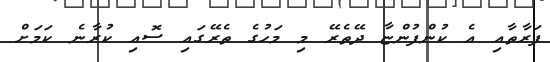
ފަރާތާއި އެ ކުންފުންޏާ ދޭތެރޭ މި މަހުގެ ތެރޭގައި ސޮއި ކުރާނެ ކަމަށް